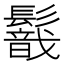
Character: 𩯈